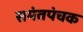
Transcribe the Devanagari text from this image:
समंतपंचक